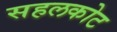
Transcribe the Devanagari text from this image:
सहलकोट